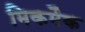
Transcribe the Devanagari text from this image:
मिकमैक